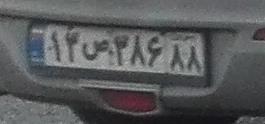
۱۳س۳۸۶۸۸